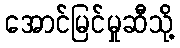
အောင်မြင်မှုဆီသို့